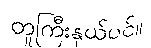
တူကြီးနှယ်ပင်။